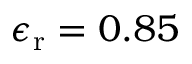
\epsilon _ { \mathrm { r } } = 0 . 8 5